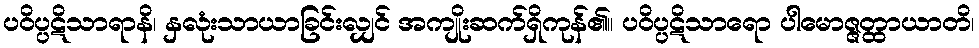
ပဝိပ္ပဋိသာရာနိ၊ နှလုံးသာယာခြင်းလျှင် အကျိုးဆက်ရှိကုန်၏။ ပဝိပ္ပဋိသာရော ပါမောဇ္ဇတ္ထာယာတိ၊